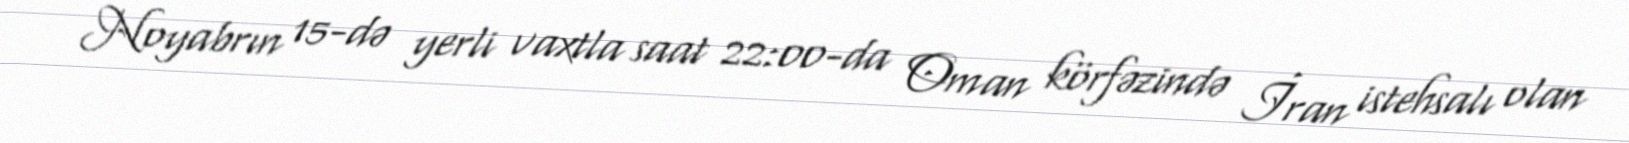
Noyabrın 15-də yerli vaxtla saat 22:00-da Oman körfəzində İran istehsalı olan